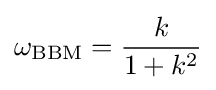
\omega _{\mathrm {BBM} }={\frac {k}{1+k^{2}}}